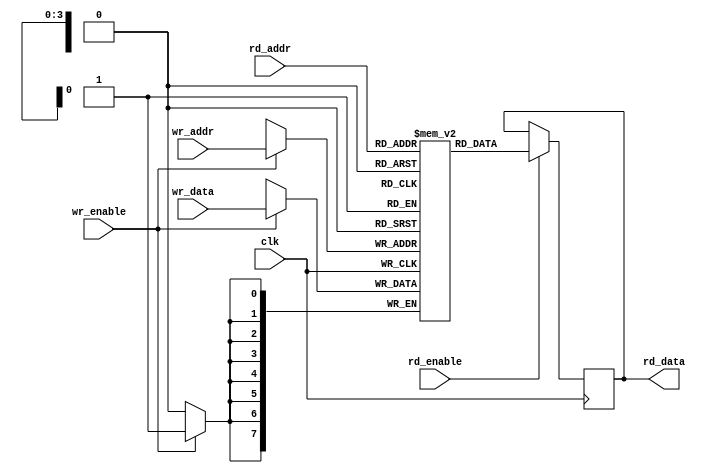
`timescale 1ns / 1ps
//////////////////////////////////////////////////////////////////////////////////
// Company: 
// Engineer: 
// 
// Design Name: 
// Module Name: blockRam
// Project Name: 
// Target Devices: 
// Tool Versions: 
// Description: 
// 
// Dependencies: 
// 
// Revision:
// Revision 0.01 - File Created
// Additional Comments:
// 
//////////////////////////////////////////////////////////////////////////////////


module blockRam(clk, rd_enable, wr_enable, wr_addr, wr_data, rd_addr, rd_data);
        
    parameter BLOCK_DATA_SIZE = 8;
    parameter BLOCK_AMOUNT = 16;
    parameter BLOCK_BIT_WIDTH = 4;
    
    input rd_enable, wr_enable, clk;
    input [BLOCK_BIT_WIDTH-1:0] wr_addr, rd_addr;
    input [BLOCK_DATA_SIZE-1:0] wr_data;
    output reg [BLOCK_DATA_SIZE-1:0] rd_data;
    
    reg [BLOCK_DATA_SIZE-1:0] BLOCK_RAM [BLOCK_AMOUNT-1:0];
    
    always @ (posedge clk)
    begin
        if(wr_enable) begin
        //write wr_data to the location specified by wr_addr
            BLOCK_RAM[wr_addr] <= wr_data;
        end
        if (rd_enable) begin
        //read data using the rd_addr to find position and rd_data to hold outgoing data
            rd_data <= BLOCK_RAM[rd_addr];
        end
    end
endmodule